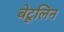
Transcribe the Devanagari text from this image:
बेटूलिन